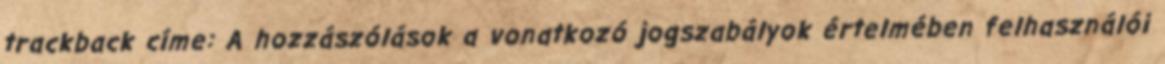
trackback címe: A hozzászólások a vonatkozó jogszabályok értelmében felhasználói